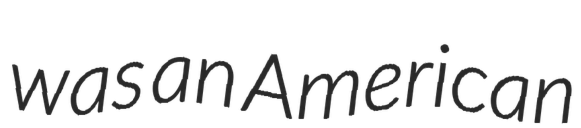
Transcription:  was an American